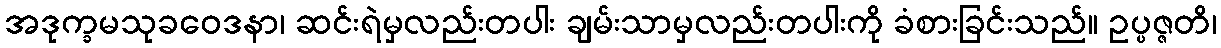
အဒုက္ခမသုခဝေဒနာ၊ ဆင်းရဲမှလည်းတပါး ချမ်းသာမှလည်းတပါးကို ခံစားခြင်းသည်။ ဥပ္ပဇ္ဇတိ၊